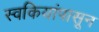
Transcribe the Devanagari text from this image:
स्वकियांपासून